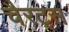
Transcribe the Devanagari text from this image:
चैरट्स